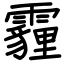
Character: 霾